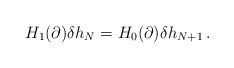
LaTeX: \begin{align*}H_1(\partial) \delta h_N=H_0(\partial) \delta h_{N+1}\,.\end{align*}